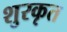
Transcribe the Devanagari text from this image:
शुरकृत